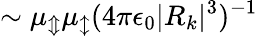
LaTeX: {\sim\mu_{\Updownarrow}\mu_{\updownarrow}(4\pi\epsilon_{0}|R_{k}|^{3})^{-1}}